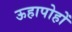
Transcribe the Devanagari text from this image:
ऊहापोहों